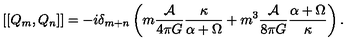
\left[ \left[ Q _ { m } , Q _ { n } \right] \right] = - i \delta _ { m + n } \left( m \frac { { \cal A } } { 4 \pi G } \frac { \kappa } { \alpha + \Omega } + m ^ { 3 } \frac { { \cal A } } { 8 \pi G } \frac { \alpha + \Omega } { \kappa } \right) .